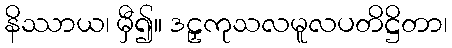
နိဿာယ၊ မှီ၍။ ဒဠှကုသလမူလပတိဋ္ဌိတာ၊